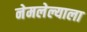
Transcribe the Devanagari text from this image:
नेमलेल्याला